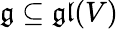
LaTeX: {\mathfrak{g}}\subseteq{\mathfrak{gl}}(V)